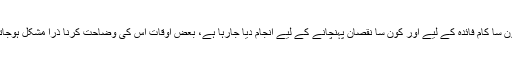
لیکن کون سا کام فائدہ کے لیے اور کون سا نقصان پہنچانے کے لیے انجام دیا جارہا ہے، بعض اوقات اس کی وضاحت کرنا ذرا مشکل ہوجاتی ہے ۔